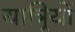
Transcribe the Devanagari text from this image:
यात्र्रियों